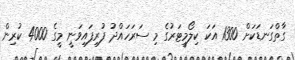
ގާތްގަނޑަކަށް 1300 އަކަ ކިލޯމީޓަރުގެ މި ސަރަހައްދު ފުރިފައިވަނީ މީގެ 4000 ކުރިން